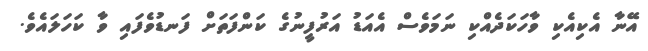
އޭނާ އެކިއެކި ވާހަކަދެއްކި ނަމަވެސް އެއަޑު އަރުފީނުގެ ކަންފަތަށް ފަނޑުވެފައި ވާ ކަހަލައެވެ.